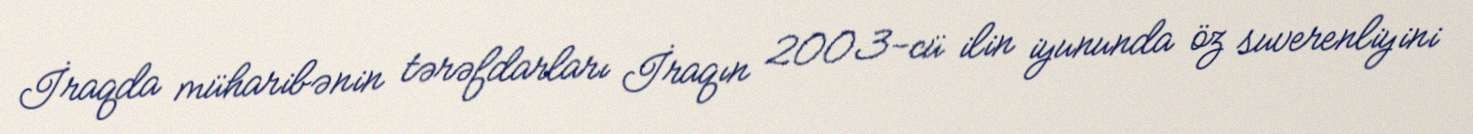
İraqda müharibənin tərəfdarları İraqın 2003-cü ilin iyununda öz suverenliyini